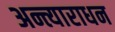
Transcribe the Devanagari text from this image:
अन्त्याराधन